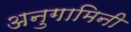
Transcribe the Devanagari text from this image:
अनुगामिनी